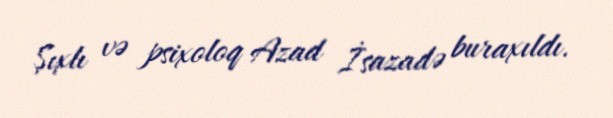
Şıxlı və psixoloq Azad İsazadə buraxıldı.